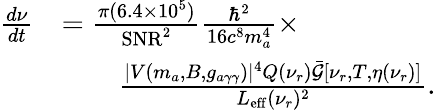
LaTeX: \begin{array}{rl}{\frac{d\nu}{dt}}&{=\frac{\pi(6.4\times 10^{5})}{\mathrm{SNR}^{2}}\frac{\hbar^{2}}{16c^{8}m_{a}^{4}}\times}\\ &{\qquad\frac{|V(m_{a},B,g_{a\gamma\gamma})|^{4}Q(\nu_{r})\bar{\mathcal{G}}[\nu_{r},T,\eta(\nu_{r})]}{L_{\mathrm{eff}}(\nu_{r})^{2}}.}\end{array}